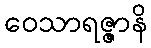
ဝေသာရဇ္ဇာနိ